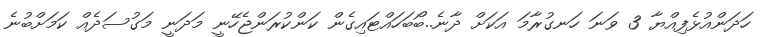
ހަދަންއުޅެފިއްޔާ 3 ވަނަ ހަނގުރާމަ އަކަށް ދާނެ..ބޯބަހައްޓައިގެން ކަންކުރަންޖެހޭނީ މަދަނީ މަގުސަދެއް ކަމަށްބުނެ